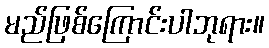
မည်ဖြစ်ကြောင်းပါဘုရား။